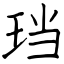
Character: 珰